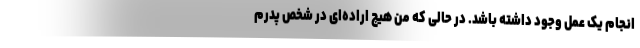
انجام یک عمل وجود داشته باشد. در حالی که من هیچ اراده‌ای در شخص پدرم